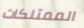
الممتلكات